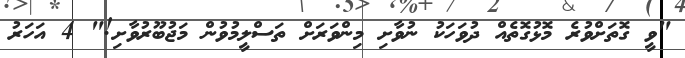
"ވީ ގޮތަށްވުރެ މޮޅުގޮތެއް ދުވަހަކު ނުވާށި މިންވަރަށް ތަސްލީމުވުން މަޖުބޫރުވާށި!" 4 އަހަރު